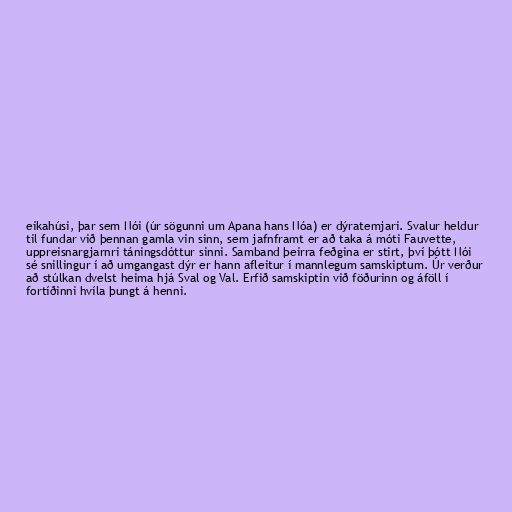
eikahúsi, þar sem Nói (úr sögunni um Apana hans Nóa) er dýratemjari. Svalur heldur
til fundar við þennan gamla vin sinn, sem jafnframt er að taka á móti Fauvette,
uppreisnargjarnri táningsdóttur sinni. Samband þeirra feðgina er stirt, því þótt Nói
sé snillingur í að umgangast dýr er hann afleitur í mannlegum samskiptum. Úr verður
að stúlkan dvelst heima hjá Sval og Val. Erfið samskiptin við föðurinn og áföll í
fortíðinni hvíla þungt á henni.